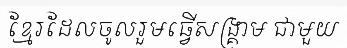
ខ្មែរដែលចូលរួមធ្វើសង្គ្រាម ជាមួយ